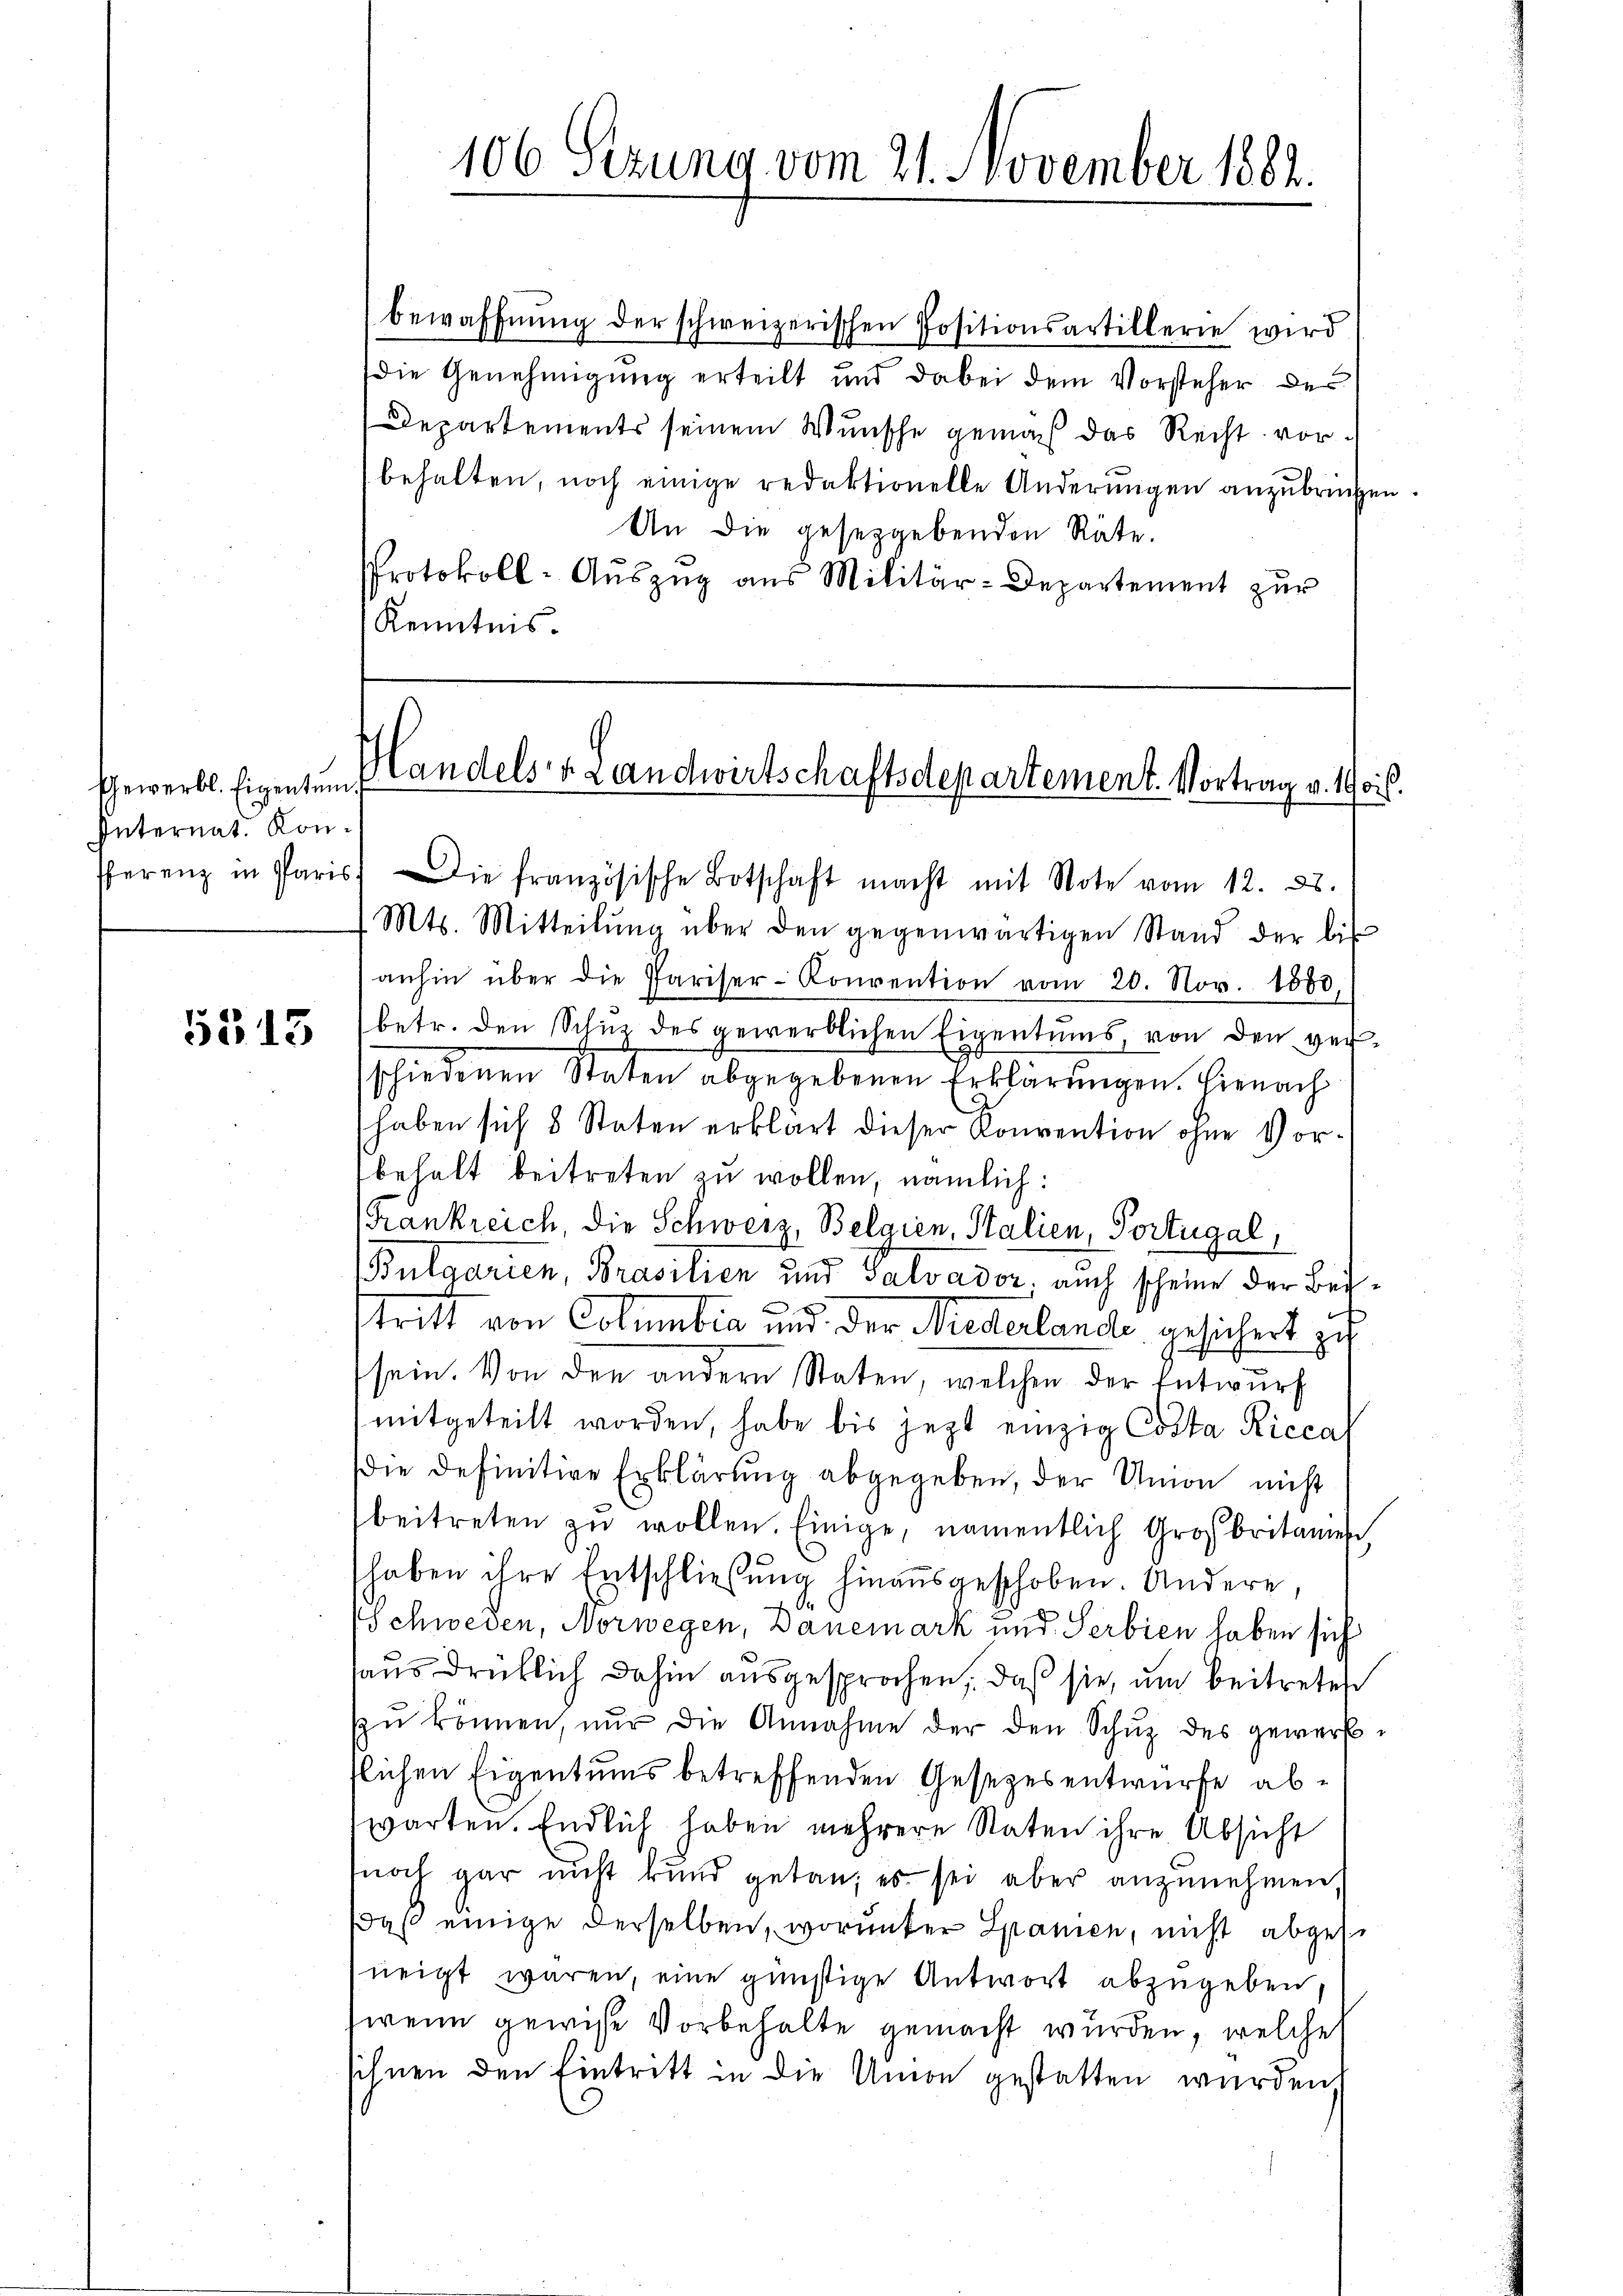
Ehewerbl. Eigentum
Internat. Kon¬

5513

bewaffnŭng der schweizerischen Positionsartillerie wird
die Genehmigung erteilt und dabei dem Vorsteher des
Departements seinem Wunsche gemach das Recht vorbehalten, noch einige redaktionelle Anderŭngen anzŭbringen.
An die gesetzgebenden Räte.
Protokoll-Aŭszŭg aŭs Militär-Departement zŭr
Kenntnis

fferenz in Paris. Die französische Botschaft macht mit Note vom 12. 28.
Mts. Mitteilŭng über den gegenwärtigen Stand der bis
anhin über die Pariser-Konvention vom 20. Nov. 1888.
betr. den Schus des gewerblichen Eigentums, von den verschiedenen Staten abgegebenen Erklärungen. Hienach
haben sich 8 Staten erklärt dieser Konvention ohne Vorbehalt beitreten zu wollen, nämlich:
Frankreich, die Schweiz, Belgien, Stalien, Portugal,
Bulgarien, Brasilien und Salvador, auch scheine der Beistritt von Columbia und der Niederlande gesichert auf
sein. Von den andern Staten, welchen der Entwurf
mitgeteilt worden, habe bis jetzt einzig Costa Ricca
die definitive Erklärung abgegeben, der Union nicht
beitreten zŭ wollen. Einige, namentlich Großbritanien
haben ihre Entschließung hinausgeschoben. Andere,
Schweben, Norwegen, Danemark und Serbien haben sich
haus drücklich dahin ausgesprochen, daß sie, um beitreten
zŭ können, nŭr die Annahme der den Schŭz des gewerbtlichen Eigentums betreffenden Gesezesentwürfe abwarten. Endlich haben mehrere Staten ihre Absicht
noch gar nicht und getan, es sei aber anzunehmen,
daß einige derselben, worunter Spanien, nicht abgese
neigt wären, eine günstige Antwort abzugeben,
wenn gewisse Vorbehalte gemacht wurden, welche
sihnen den Eintritt in die Union gestatten wurden

106 Sezung vom 21. November 1882.

Handels v. Landwirtschaftsdepartement. Vortrag v. 19 cit.